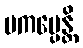
ပကမ္ပေန္တိ